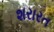
શરારત